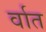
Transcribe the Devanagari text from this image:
र्वात